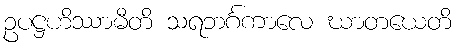
ဥပဋ္ဌဟိဿာမီတိ သရဘင်္ဂကာလေ ဃာတယေတိ